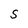
Character: S